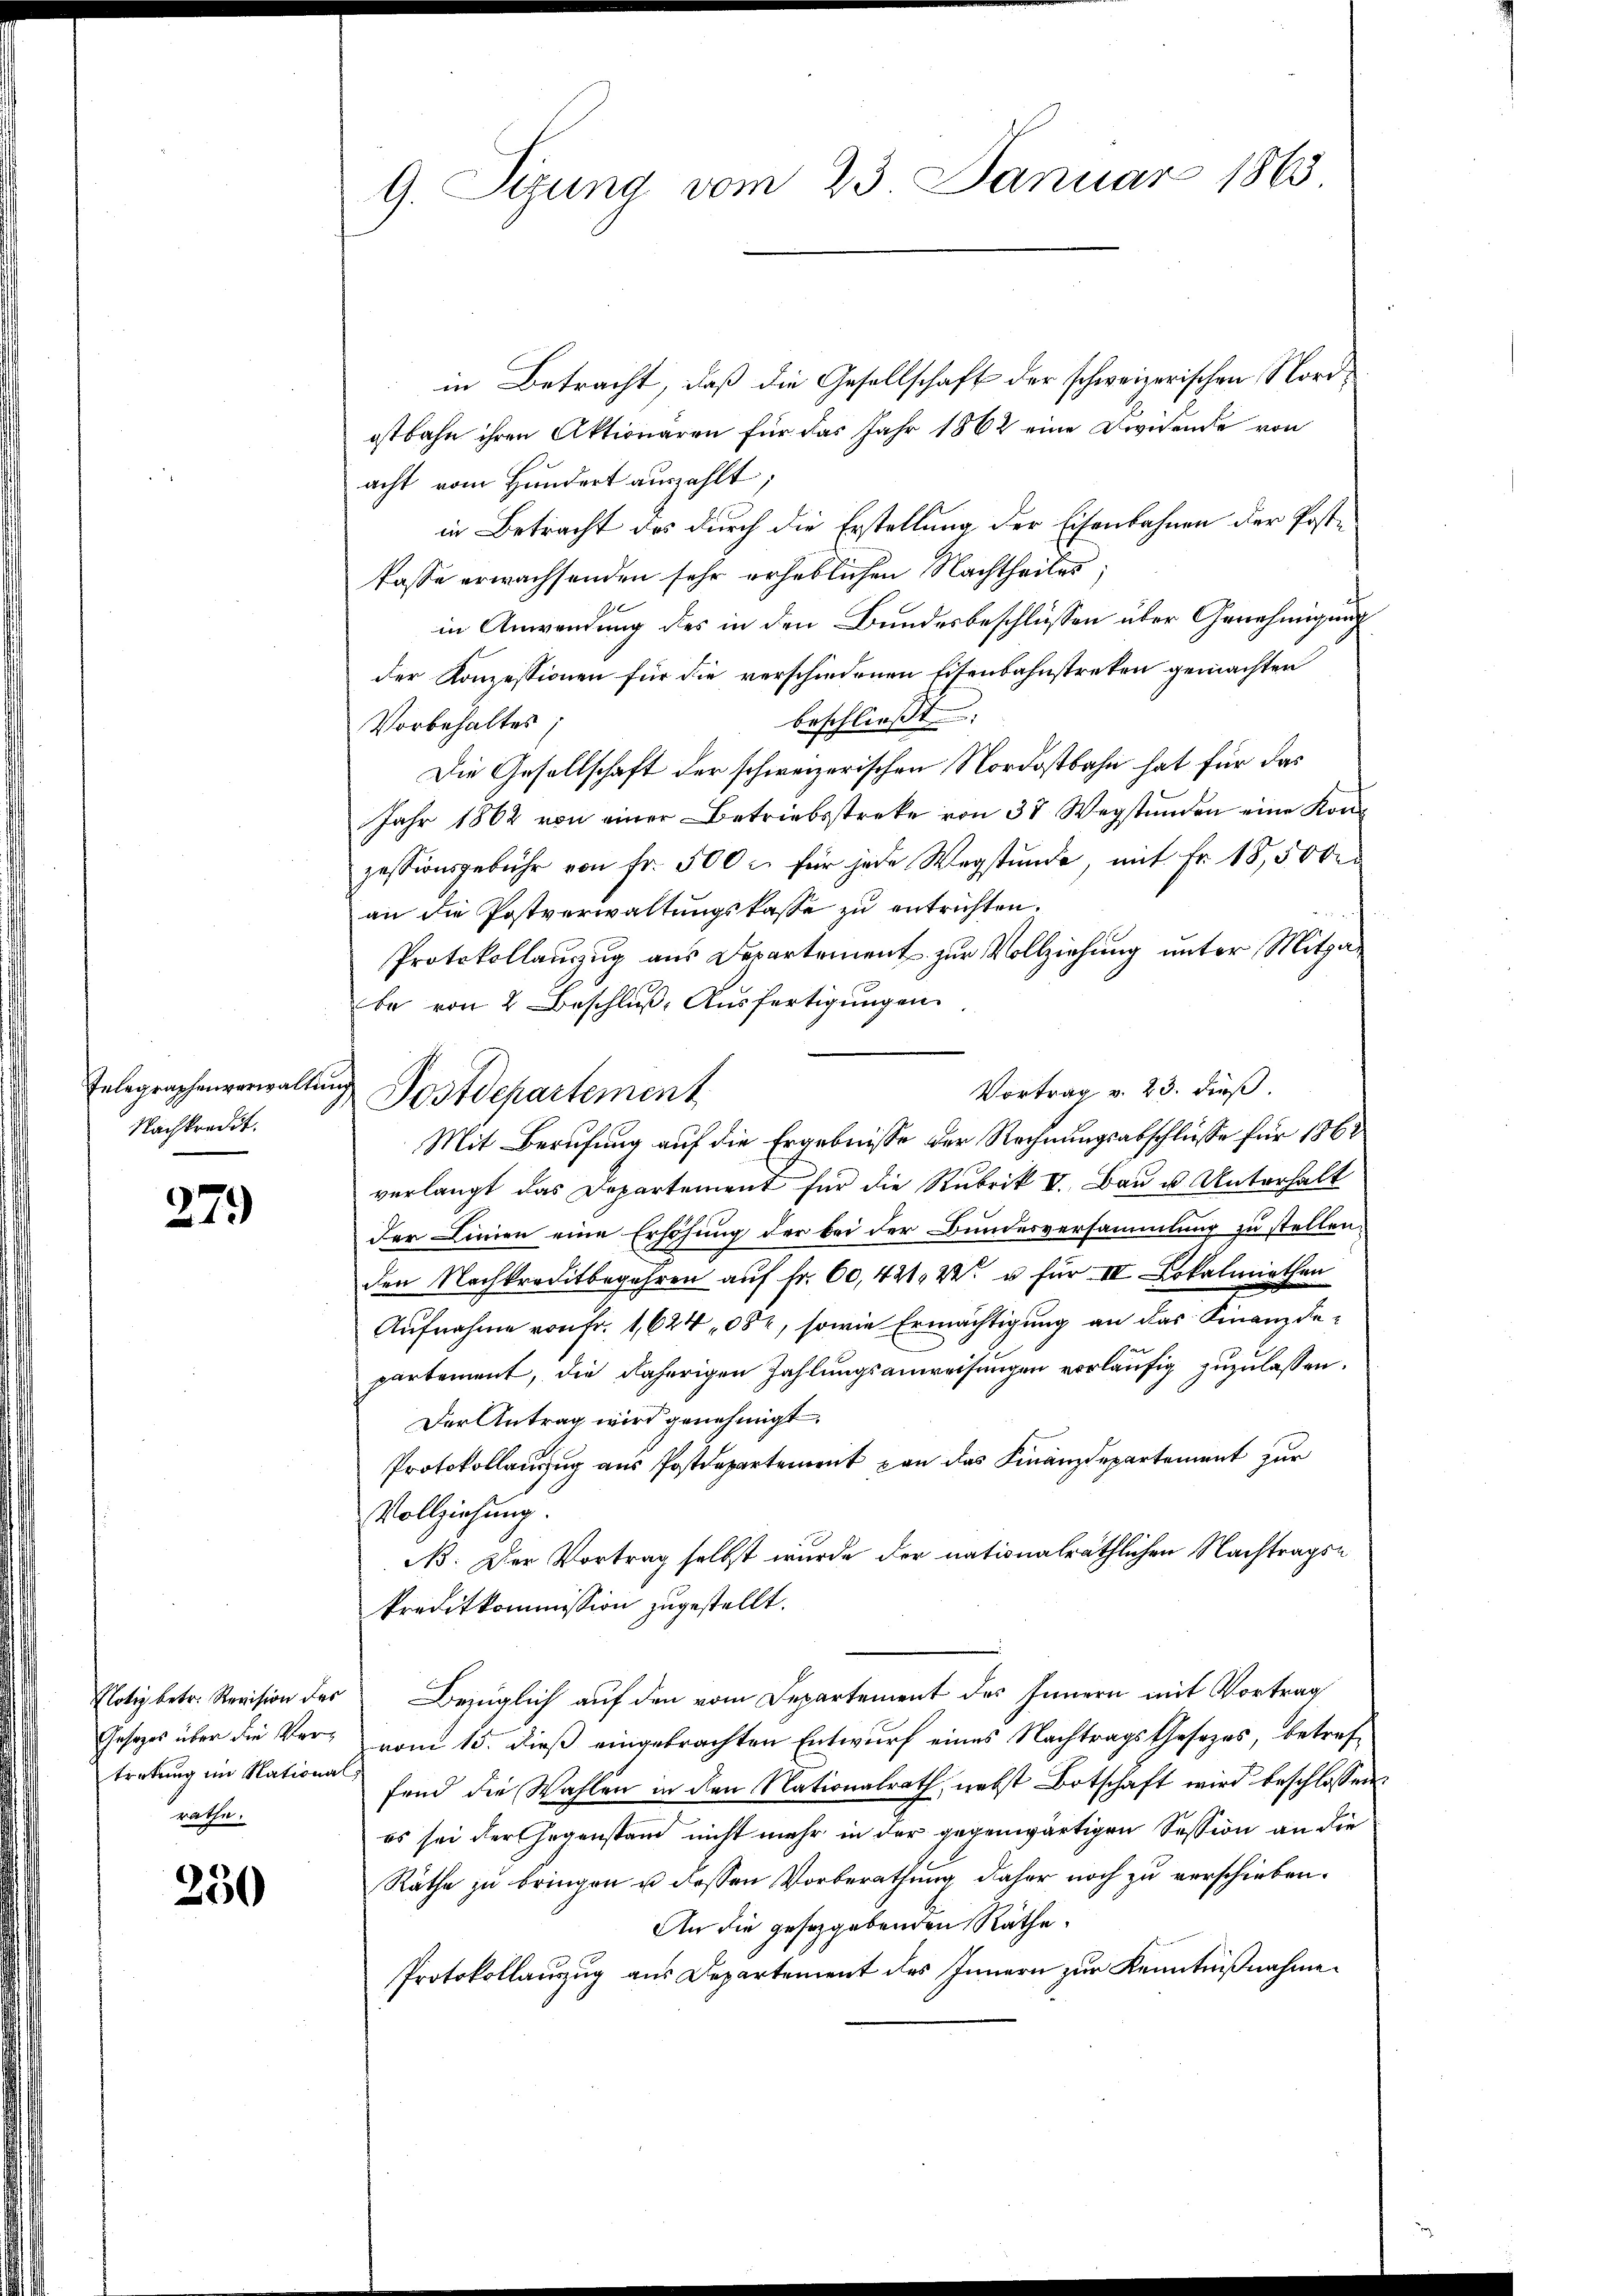
Nachkredit.

279

in Betracht, daß die Gesellschaft der schweizerischen Nordostbahn ihren Aktionaren für das Jahr 1862 eine Dividende von
acht vom Hundert auszahlt;
in Betracht des durch die Erstellung der Eisenbahnen der Postfasse erwachsenden sehr erheblichen Nachtheiles;
in Anwendung des in den Bundesbeschlüssen über Genehmigung
der Konzessionen für die verschiedenen Eisenbahnstreken gemachten
beschließt:
Vorbehaltes
Die Gesellschaft der schweizerischen Nordostbahn hat für das
Jahr 1862 von einer Betriebsstreke von 3 Wegstunden eine Konzessionsgebühr von fr. 500 u. für jede Wegstunde, mit Fr. 18,500 r
an die Postverwaltungskasse zu entrichten.
Protokollanzug aus Departement zur Vollziehung unter Mitgabe von 2 Beschluß, Ausfertigungen.
Vortrag v. 23. dieß.
Mit Berufung auf die Ergebnisse der Rechnungsabschlüsse für 1862
verlangt das Departement für die Rubrik V. Bau u. Unterhalt
der Linien eine Erhöhung der bei der Bundesversammlung zu stellen.
den Nachkreditbegehren auf Fr. 60, 421, 22 u. für IV Lokalmiethen
Aufnahme von Fr. 1,624 082, sowie Ermächtigung an das Finanzdepartement, die daherigen Zahlungsanweisungen vorläufig zuzulassen.
Der Antrag wird genehmigt.
Protokollauszug aus Postdepartement von das Finanzdepartement zur
Vollziehung.
B: Der Vortrag selbst wurde der nationalräthlichen Nachtragskreditkommission zugestellt.
Notiz betr. Revision des Bezüglich auf den vom Departement des Innern mit Vortrag
Gesetzes über die Ver- vom 15. dieß eingebrachten Entwurf eines Nachtrags Gesezes, betreffend die Wahlen in den Nationalrath, nebst Botschaft wird beschlossen:
es sei der Gegenstand nicht mehr in der gegenwärtigen Session an die
Räthe zu bringen u dessen Vorberathung daher noch zu verschieben.
An die gesetzgebenden Räthe.
Protokollauszug aus Departement des Innern zur Kenntnißnahme.

tretung im Nationalräthe.

250

G. Sizung vom 23. Januar 1863

Telegraphenverwaltung Postdepartement